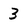
Character: 3